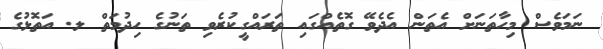
ނަމަވެސް މިހާތަނަށް އެތަން އެދެވޭ ގޮތެއްގައި ތަރައްގީކުރެވި ތަނުގެ ހިދުމަތް ލ. އަތޮޅުގެ